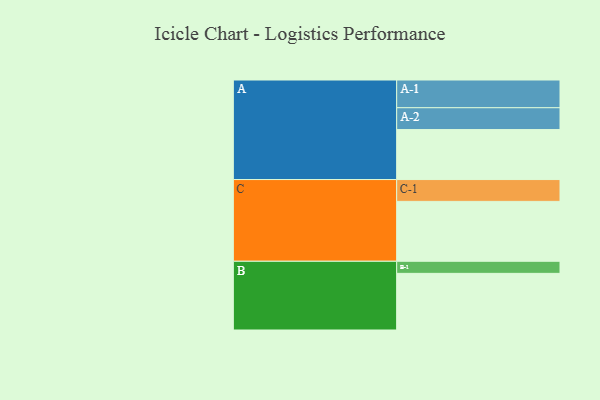
{"axis": {"x": "Segment", "y": "Value"}, "legend": ["", "A", "B", "C"], "data": [{"x": "A", "y": 339, "type": ""}, {"x": "B", "y": 384, "type": ""}, {"x": "C", "y": 406, "type": ""}, {"x": "A-1", "y": 188, "type": "A"}, {"x": "A-2", "y": 148, "type": "A"}, {"x": "B-1", "y": 82, "type": "B"}, {"x": "C-1", "y": 148, "type": "C"}]}